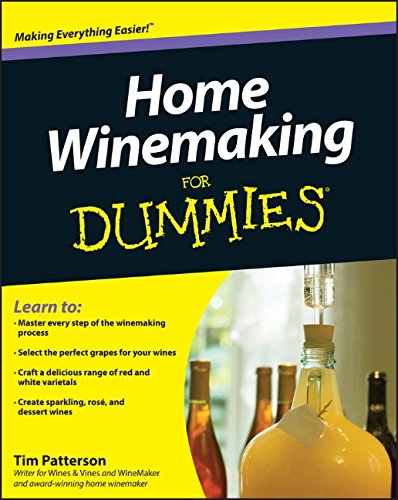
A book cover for Home Winemaking For Dummies; Tim Patterson; Cookbooks, Food & Wine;